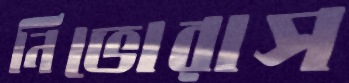
নিভোরাস